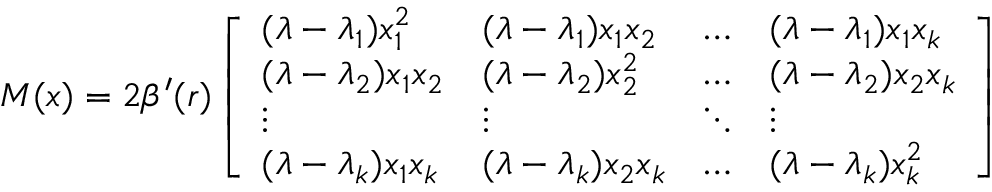
M ( x ) = 2 \beta ^ { \prime } ( r ) \left[ \begin{array} { l l l l } { ( \lambda - \lambda _ { 1 } ) x _ { 1 } ^ { 2 } } & { ( \lambda - \lambda _ { 1 } ) x _ { 1 } x _ { 2 } } & { \dots } & { ( \lambda - \lambda _ { 1 } ) x _ { 1 } x _ { k } } \\ { ( \lambda - \lambda _ { 2 } ) x _ { 1 } x _ { 2 } } & { ( \lambda - \lambda _ { 2 } ) x _ { 2 } ^ { 2 } } & { \dots } & { ( \lambda - \lambda _ { 2 } ) x _ { 2 } x _ { k } } \\ { \vdots } & { \vdots } & { \ddots } & { \vdots } \\ { ( \lambda - \lambda _ { k } ) x _ { 1 } x _ { k } } & { ( \lambda - \lambda _ { k } ) x _ { 2 } x _ { k } } & { \dots } & { ( \lambda - \lambda _ { k } ) x _ { k } ^ { 2 } } \end{array} \right]